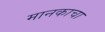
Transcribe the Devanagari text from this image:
मानकाचा